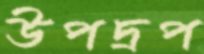
উপদ্রপ